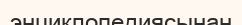
энциклопедиясынан